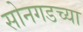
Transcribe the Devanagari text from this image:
सोनगडच्या